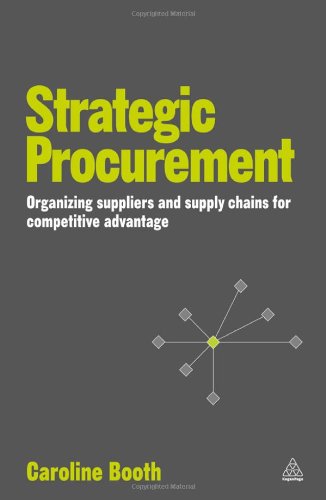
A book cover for Strategic Procurement: Organizing Suppliers and Supply Chains for Competitive Advantage; Caroline Booth; Business & Money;